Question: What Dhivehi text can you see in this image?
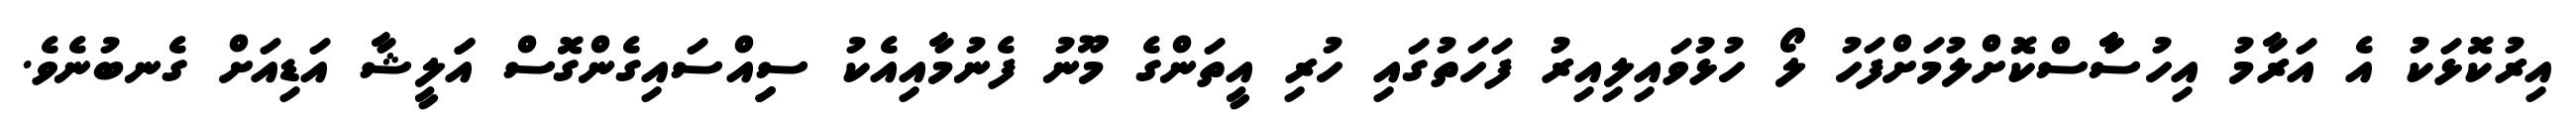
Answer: އިރުކޮޅަކު އެ އަރާމު އިހުސާާސްކޮށްލުމަށްފަހު ލޯ ހުޅުވައިލިއިރު ފަހަތުގައި ހުރި އީތަންގެ މޫނު ފެނުމާއިއެކު ސިިއްސައިގެންގޮސް އަަލީޝާ އަޑިއަށް ގެނބުނެވެ.